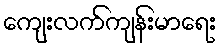
ကျေးလက်ကျန်းမာရေး